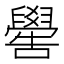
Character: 嚳